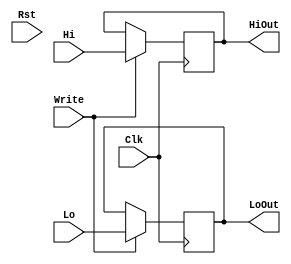
`timescale 1ns / 1ps
//////////////////////////////////////////////////////////////////////////////////
// Company: 
// Engineer: 
// 
// Design Name: 
// Module Name: HiLoReg
// Project Name: 
// Target Devices: 
// Tool Versions: 
// Description: 
// 
// Dependencies: 
// 
// Revision:
// Revision 0.01 - File Created
// Additional Comments:
// 
//////////////////////////////////////////////////////////////////////////////////


module HiLoReg(Clk, Rst, Write, Lo, Hi, LoOut,HiOut);
    input Write, Clk, Rst;
    input [31:0] Lo, Hi;
    
    output reg [31:0] LoOut, HiOut;
    
    reg [31:0] LoHold, HiHold;
    
    initial begin
     LoHold <= 0;
     HiHold <= 0;
    end

    always @(posedge Clk) begin
          if(Write == 1) begin
            LoHold <= Lo;
            HiHold <= Hi;
          end
          
        end
        
     always@(*) begin
       LoOut <= LoHold;
       HiOut <= HiHold;
     end
endmodule